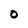
Character: 0